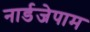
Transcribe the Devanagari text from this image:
नार्डजेपाम